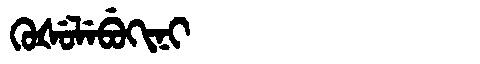
Manchu: ᡴᡠᡧᡠᠯᡝᠪᡠᡴᡳᠨᡳ
Romanization: KUŠULEBUKINI